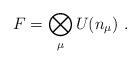
\begin{align*}F=\bigotimes_{\mu} U(n_{\mu})\,\, .\end{align*}